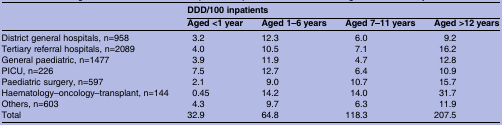
|  | <COLSPAN=4> DDD/100 inpatients |
 |  | Aged <1 year | Aged 1–6 years | Aged 7–11 years | Aged >12 years |
 | --- | --- | --- | --- | --- |
 | District general hospitals, n=958 | 3.2 | 12.3 | 6.0 | 9.2 |
 | Tertiary referral hospitals, n=2089 | 4.0 | 10.5 | 7.1 | 16.2 |
 | General paediatric, n=1477 | 3.9 | 11.9 | 4.7 | 12.8 |
 | PICU, n=226 | 7.5 | 12.7 | 6.4 | 10.9 |
 | Paediatric surgery, n=597 | 2.1 | 9.0 | 10.7 | 15.7 |
 | Haematology–oncology–transplant, n=144 | 0.45 | 14.2 | 14.0 | 31.7 |
 | Others, n=603 | 4.3 | 9.7 | 6.3 | 11.9 |
 | Total | 32.9 | 64.8 | 118.3 | 207.5 |